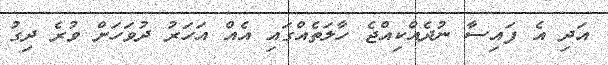
އަދި އެ ފައިސާ ނުދެއްކިއްޖެ ހާލަތެއްގައި އެއް އަހަރު ދުވަހަށް ވުރެ ދިގު